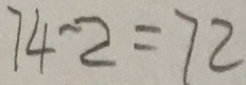
7 4 - 2 = 7 2